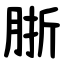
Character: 䏳